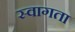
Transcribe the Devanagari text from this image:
स्वागता